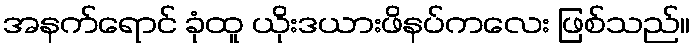
အနက်ရောင် ခုံထူ ယိုးဒယားဖိနပ်ကလေး ဖြစ်သည်။